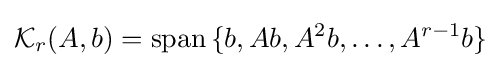
{\mathcal {K}}_{r}(A,b)=\operatorname {span} \,\{b,Ab,A^{2}b,\ldots ,A^{r-1}b\}